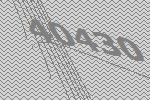
40430